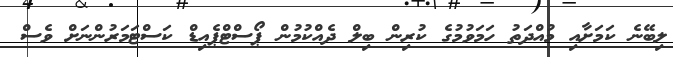
ލިބޭނެ ކަަމަށާއި މުއްދަތު ހަމަވުމުގެ ކުރިން ބިލް ދެއްކުމުން ޕޯސްޓްޕެއިޑް ކަސްޓަމަރުންނަށް ވެސް